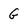
Character: G